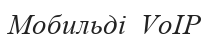
Мобильді  VoIP